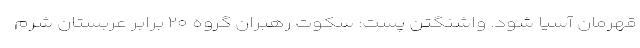
قهرمان آسیا شود. واشنگتن پست: سکوت رهبران گروه ۲۰ برابر عربستان شرم